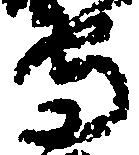
守